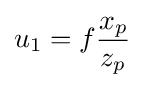
u_{1}=f{\frac {x_{p}}{z_{p}}}